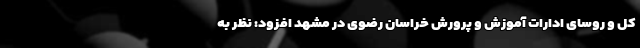
کل و روسای ادارات آموزش و پرورش خراسان رضوی در مشهد افزود: نظر به